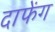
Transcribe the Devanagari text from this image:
दाफेंग